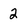
Character: 2